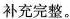
补充完整。